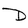
Character: D